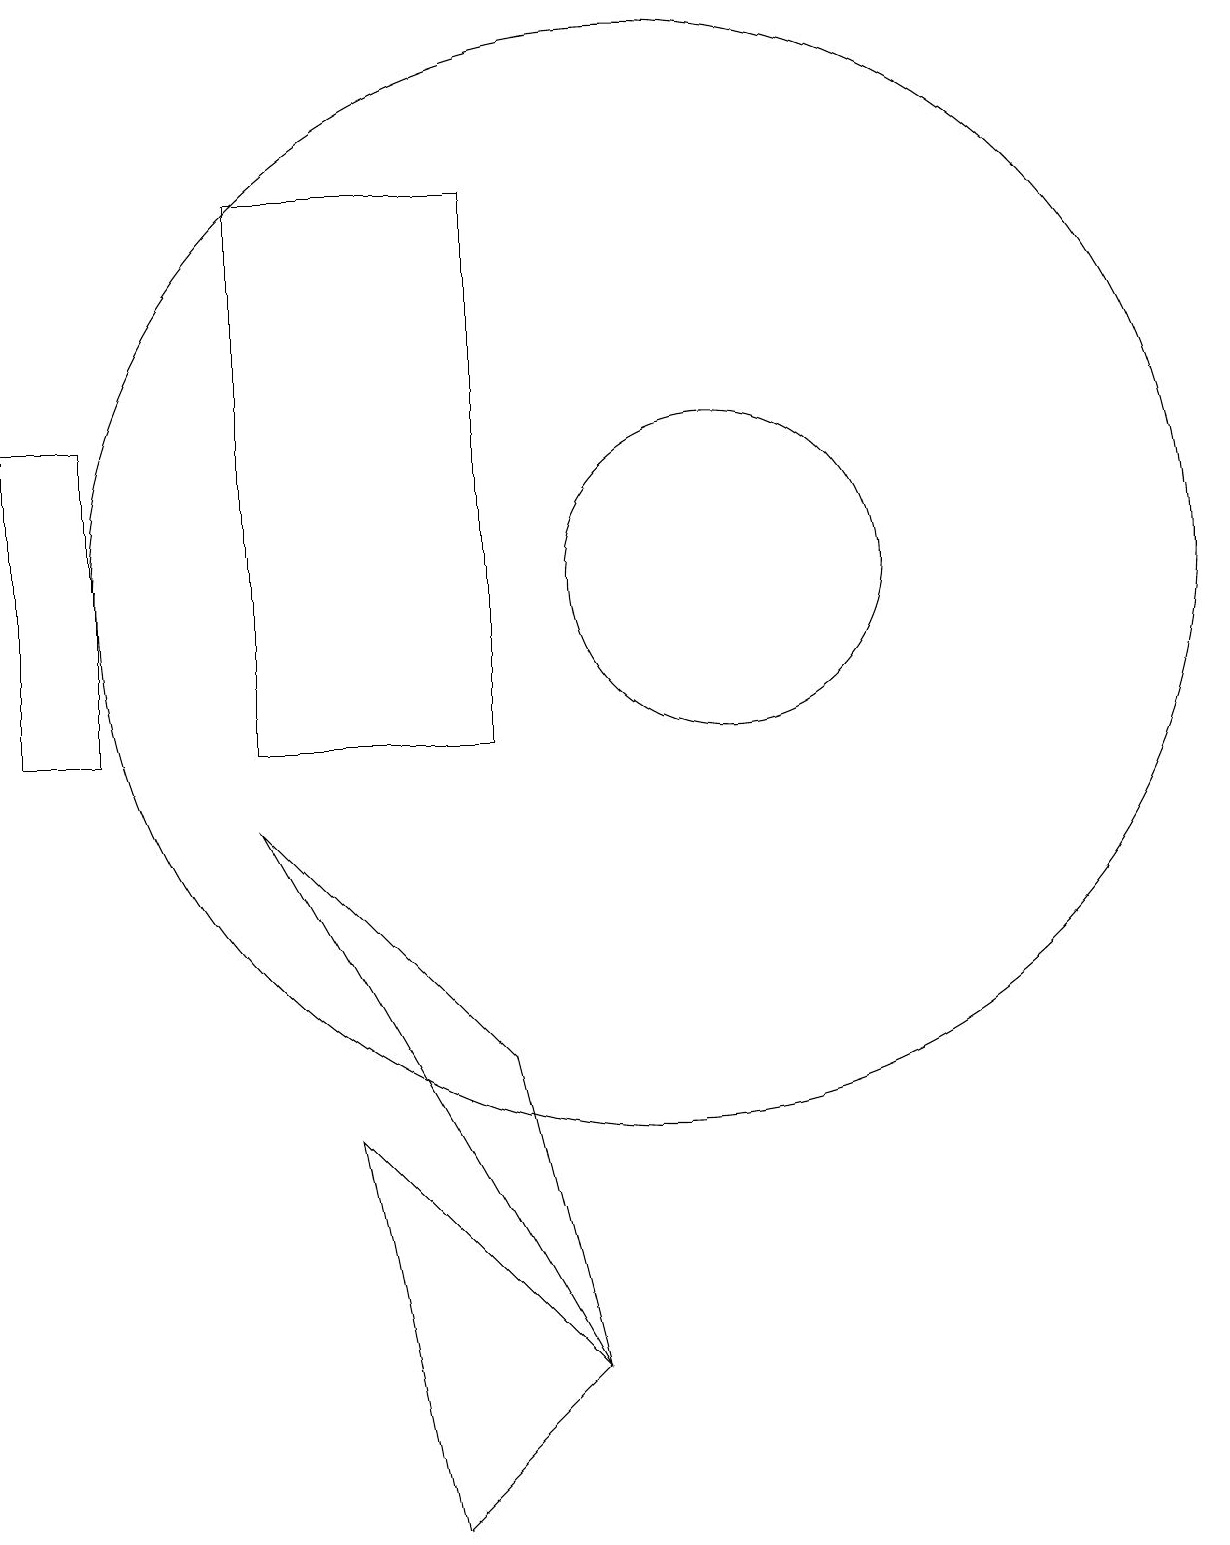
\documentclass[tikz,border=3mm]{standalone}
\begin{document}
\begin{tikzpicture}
\draw (5,17) rectangle (8,10);
\draw (2,10) rectangle (3,14);
\draw (11,12) circle (2);
\draw (8,6) -- (5,9) -- (9,2) -- cycle;
\draw (10,12) circle (7);
\draw (7,0) -- (6,5) -- (9,2) -- cycle;
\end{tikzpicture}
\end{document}